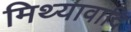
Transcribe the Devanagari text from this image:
मिथ्यावादि